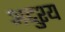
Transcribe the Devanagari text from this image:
अद्दुश्य